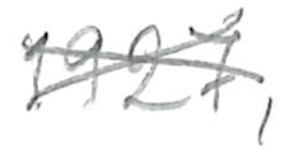
Text: 1927,
Cross-out: cross
Writing tool: pencil